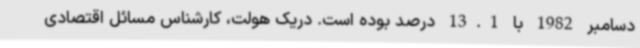
دسامبر 1982 با 13.1 درصد بوده است. دریک هولت، کارشناس مسائل اقتصادی